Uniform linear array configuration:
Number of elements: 4
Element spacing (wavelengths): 0.25
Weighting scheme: kaiser
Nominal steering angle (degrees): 45
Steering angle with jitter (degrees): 45.697
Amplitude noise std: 0.05
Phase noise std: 0.05

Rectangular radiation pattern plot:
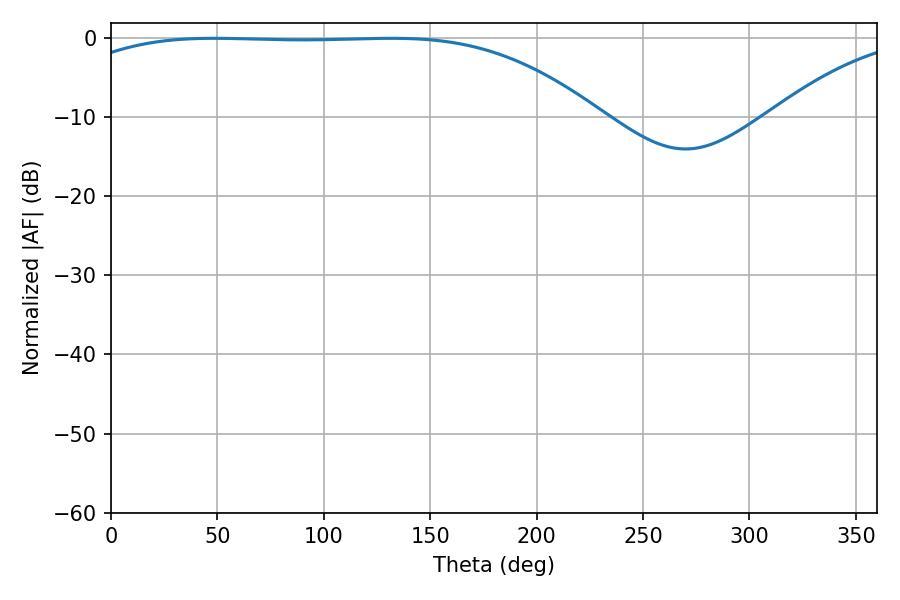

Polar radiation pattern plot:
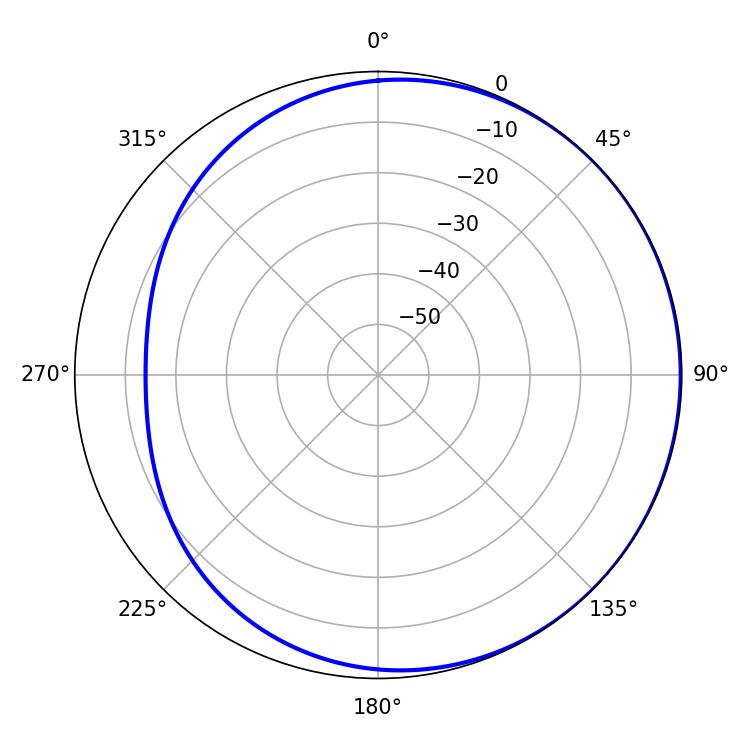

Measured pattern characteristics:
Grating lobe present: FALSE
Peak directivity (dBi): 0.8186
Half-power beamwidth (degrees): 191.88
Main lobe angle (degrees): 48.42